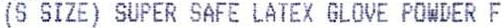
(S SIZE) SUPER SAFE LATEX GLOVE POWDER F